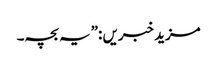
مزید خبریں :”یہ بچہ۔